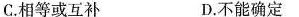
C.相等或互补 D.不能确定